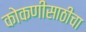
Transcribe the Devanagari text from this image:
कोकणीसाठीचा